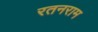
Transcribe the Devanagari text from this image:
रतनराम